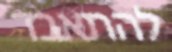
להתאבד